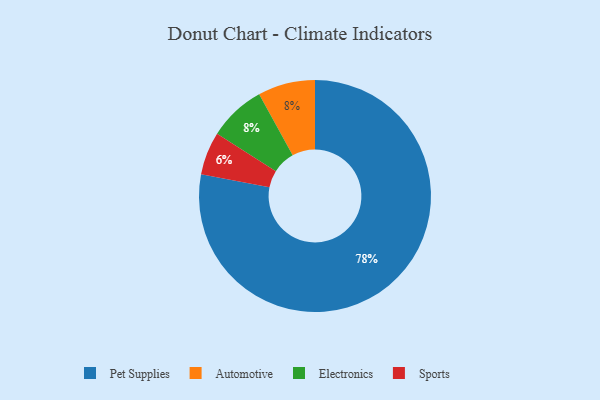
{"axis": {"x": "Category", "y": "Percentage"}, "legend": ["Automotive", "Electronics", "Pet Supplies", "Sports"], "data": [{"x": "Automotive", "y": 8, "type": "Automotive"}, {"x": "Electronics", "y": 8, "type": "Electronics"}, {"x": "Pet Supplies", "y": 78, "type": "Pet Supplies"}, {"x": "Sports", "y": 6, "type": "Sports"}]}